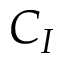
C _ { I }